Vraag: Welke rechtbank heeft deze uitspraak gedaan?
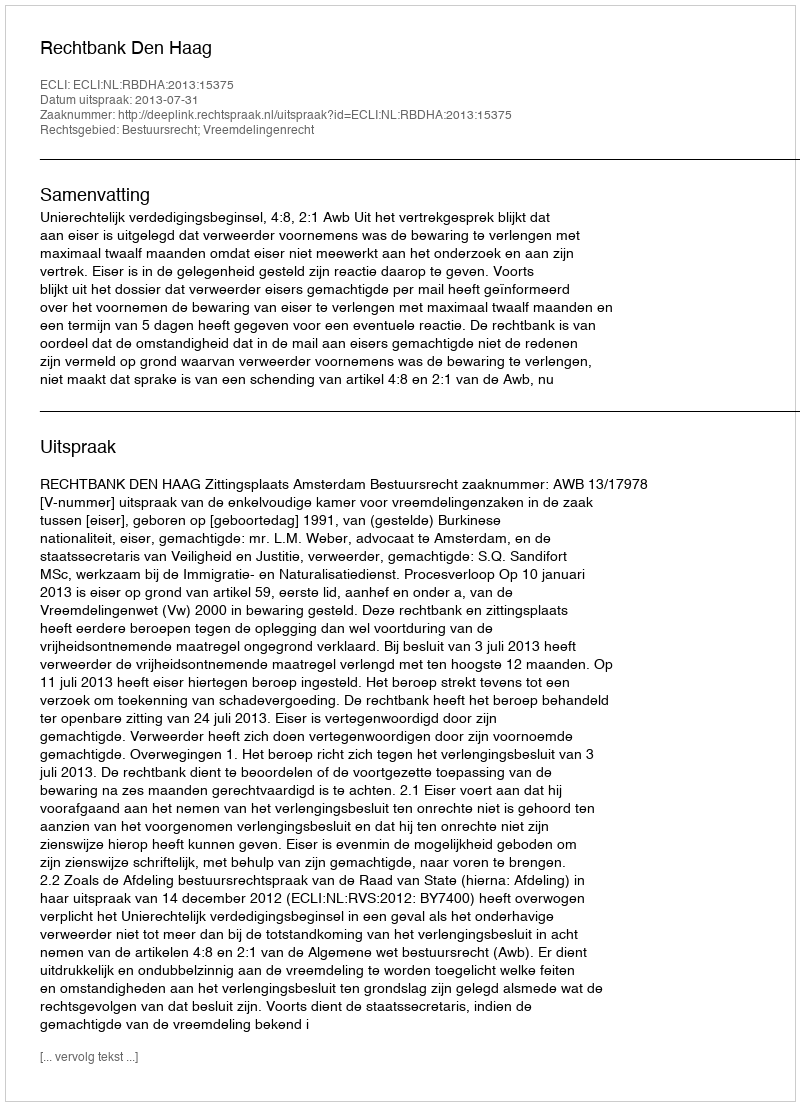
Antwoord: Rechtbank Den Haag